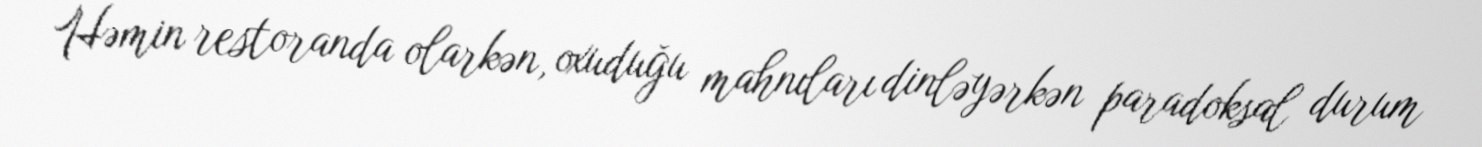
Həmin restoranda olarkən, oxuduğu mahnıları dinləyərkən paradoksal durum